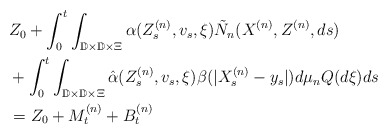
\begin{align*}&Z_0 + \int_0^t \int_{\mathbb{D}\times \mathbb{D}\times \Xi} \alpha(Z_s^{(n)}, v_s, \xi) {\tilde {N}}_{n}(X^{(n)}, Z^{(n)}, ds)\\&+ \int_0^t \int_{\mathbb{D}\times \mathbb{D} \times \Xi} \hat{\alpha}(Z_s^{(n)}, v_s, \xi) \beta (|X_s^{(n)} - y_s|) d\mu_{n} Q(d\xi) ds \\&=Z_0+ M_t^{(n)}+ B_t^{(n)} \end{align*}